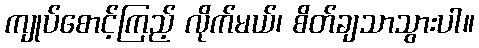
ကျုပ်စောင့်ကြည့် လိုက်မယ်၊ စိတ်ချသာသွားပါ။